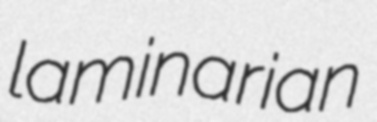
laminarian